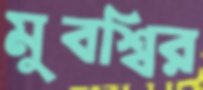
মুবশ্বির